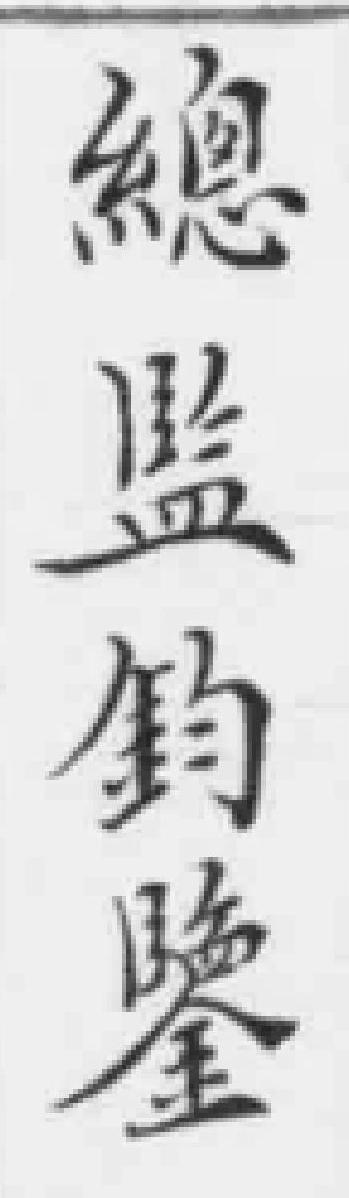
總监鈞鑒